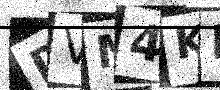
Text: DVM4KM